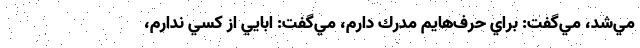
مي‌شد، مي‌گفت: براي حرف‌هايم مدرك دارم، مي‌گفت: ابايي از كسي ندارم،